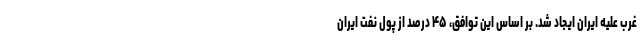
غرب علیه ایران ایجاد شد. بر اساس این توافق، ۴۵ درصد از پول نفت ایران